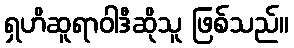
ရှဟိဆူရာဝါဒီဆိုသူ ဖြစ်သည်။